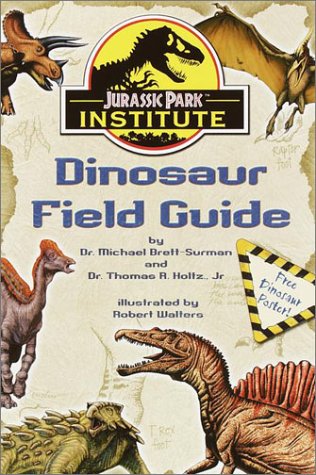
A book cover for Jurassic Park Institute (TM) Dinosaur Field Guide; Dr. Thomas R. Holtz Jr.; Humor & Entertainment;